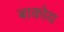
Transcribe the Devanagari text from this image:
बाकोय